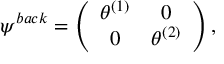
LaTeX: \psi ^ { b a c k } = \left( \begin{array} { c c } { { \theta ^ { ( 1 ) } } } & { { 0 } } \\ { { 0 } } & { { \theta ^ { ( 2 ) } } } \end{array} \right) ,